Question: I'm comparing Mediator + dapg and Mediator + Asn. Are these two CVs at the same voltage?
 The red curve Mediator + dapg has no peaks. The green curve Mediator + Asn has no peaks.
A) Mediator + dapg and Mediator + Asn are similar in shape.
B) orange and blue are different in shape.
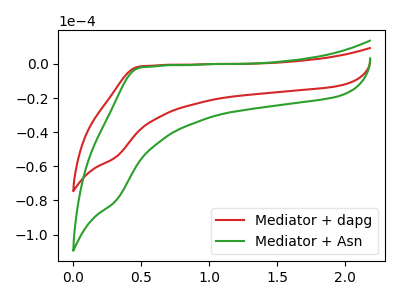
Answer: <think>Neither "Mediator + dapg" or "Mediator + Asn" have any peaks.
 </think>
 <answer>A) "Mediator + dapg" and "Mediator + Asn" are similar in shape.</answer>
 <eval>A</eval>